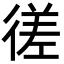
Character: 𫹜